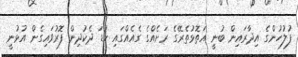
ފުލުހުންގެ އިދާރައިން ބުނީ އަތޮޅުތެރޭގެ ރަށެއްގެ ގެއެއްގައި ކުޑަ ދެކުދިން ފޮރުވައިގެން އުޅުނީ